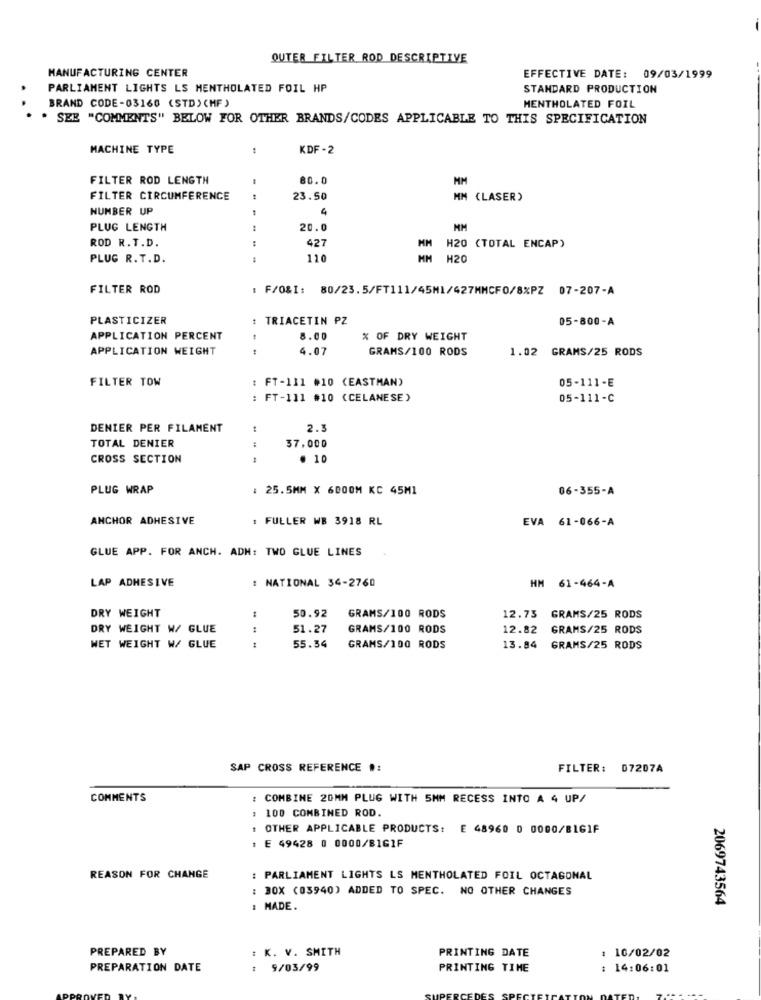
OUTER FILTER ROD DESCRIPTIVE
MANUFACTURING CENTER
EFFECTIVE DATE: 09/03/1999
PARLIAMENT LIGHTS LS MENTHOLATED FOIL HP
STANDARD PRODUCTION
BRAND CODE-03160 (STD) (MF )
MENTHOLATED FOIL
. SEE "COMMENTS" BELOW FOR OTHER BRANDS/CODES APPLICABLE TO THIS SPECIFICATION
MACHINE TYPE
KDF -2
FILTER ROD LENGTH
80.0
MM
FILTER CIRCUMFERENCE
23.50
MM (LASER)
NUMBER UP
1
PLUG LENGTH
:
20.0
ROD R. T.D.
:
427
H20 (TOTAL ENCAP)
PLUG R.T.D.
110
MM H20
FILTER ROD
: F/0&1: 80/23.5/FT111/45M1/427MMCF0/8%PZ 07-207-A
PLASTICIZER
TRIACETIN PZ
05-800-A
APPLICATION PERCENT
8.00
% OF DRY WEIGHT
APPLICATION WEIGHT
4.07
GRAMS/100 RODS
1.02 GRAMS/25 RODS
FILTER TOW
: FT-111 #10 (EASTMAN)
05-111-E
: FT-111 #10 (CELANESE)
05-111-C
DENIER PER FILAMENT
2.3
TOTAL DENIER
37.000
CROSS SECTION
. 10
PLUG WRAP
25.5MM X 6DOOM KC 45M1
06-355-A
ANCHOR ADHESIVE
I FULLER WB 3918 RL
EVA 61-066-A
GLUE APP. FOR ANCH. ADH: TWO GLUE LINES
LAP ADHESIVE
NATIONAL 34-2760
HM 61-464-A
DRY WEIGHT
50.92
GRAMS/100 RODS
12.75 GRAMS/25 RODS
DRY WEIGHT W/ GLUE
44
51.27
GRAMS/100 RODS
12.82
GRAMS/25 RODS
NET WEIGHT W/ GLUE
1
55.34
GRAMS/100 RODS
13.84
GRAMS/25 RODS
SAP CROSS REFERENCE #:
FILTER: 07207A
COMMENTS
: COMBINE 20MM PLUG WITH 5MM RECESS INTO A 4 UP/
: 100 COMBINED ROD.
1 OTHER APPLICABLE PRODUCTS:
E 48960 0 0000/B16IF
1 E 49428 0 0000/81GIF
REASON FOR CHANGE
: PARLIAMENT LIGHTS LS MENTHOLATED FOIL OCTAGONAL
: BOX (03940) ADDED TO SPEC. NO OTHER CHANGES
2069743564
: MADE.
: K. V. SMITH
PRINTING DATE
PREPARED BY
: 10/02/02
PREPARATION DATE
: 9/03/99
PRINTING TIME
: 14:06:01